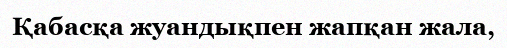
Қабасқа жуандықпен жапқан жала,